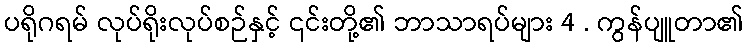
ပရိုဂရမ် လုပ်ရိုးလုပ်စဉ်နှင့် ၎င်းတို့၏ ဘာသာရပ်များ 4 . ကွန်ပျူတာ၏